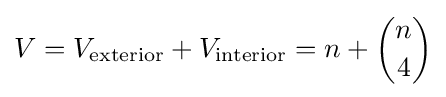
V=V_{\text{exterior}}+V_{\text{interior}}=n+{n \choose 4}